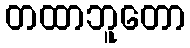
တထာဘူတော